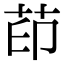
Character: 茚